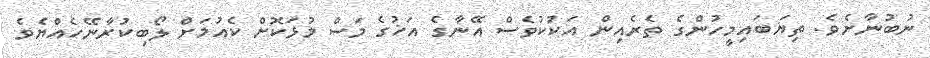
ނުބުނާށެވެ. ތިޔަބައިމީހުންގެ ތެރެއިން އަކުކުވެސް އޭނާގެ އަޚުގެ މަސް މުޅަކޮށް ކެއުމަށް ލޯބިކުރާނޭހެއްޔެވެ